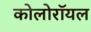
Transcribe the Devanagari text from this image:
कोलोरॉयल